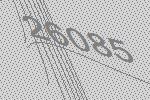
26085